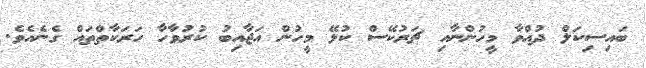
ބައިސިކަލް ދުއްވާ މީހުންނާއި ޗަރުކޭސް ކުޅޭ މީހުން އަޖާއިބު ކުރުވާހާ ހަރަކާތްތައް ގެނެއެވެ.